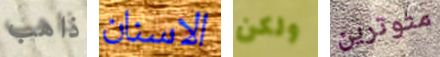
ذاهب الاسنان ولكن متوترين